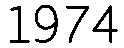
1974